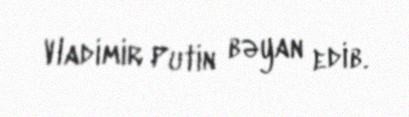
Vladimir Putin bəyan edib.